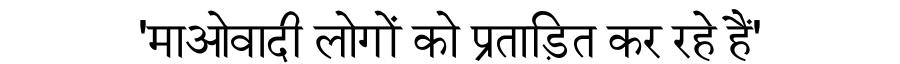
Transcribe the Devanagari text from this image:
'माओवादी लोगों को प्रताड़ित कर रहे हैं'